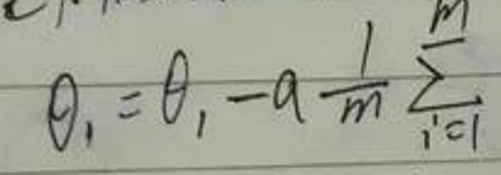
\[
\theta_{1}=\theta_{1}-a\frac{1}{m}\sum_{i = 1}^{m}
\]